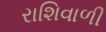
રાશિવાળી